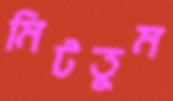
মিটতুম